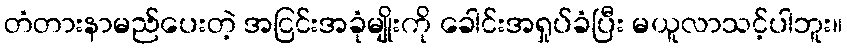
တံတားနာမည်ပေးတဲ့ အငြင်းအခုံမျိုးကို ခေါင်းအရှုပ်ခံပြီး မယူလာသင့်ပါဘူး။